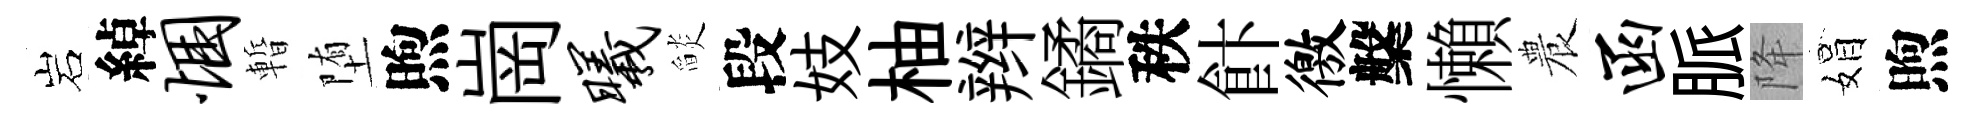
岩綽悃暫堕煦崗曦𦦨段妓柚辫鐍秩飰徼槃懶農函脈降娟煦